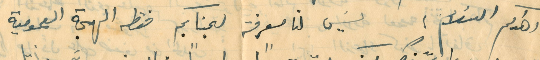
اهداكم السَلام؛ ليس لنا معرفة لجنابكم فقط الهمجة العمومية